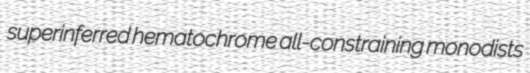
superinferred hematochrome all-constraining monodists